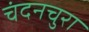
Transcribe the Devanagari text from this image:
चंदनचुरा